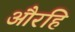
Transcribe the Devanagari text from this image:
औरहि